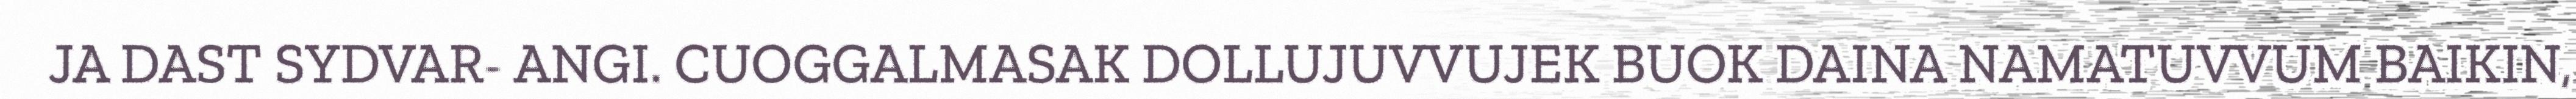
JA DAST SYDVAR- ANGI. CUOGGALMASAK DOLLUJUVVUJEK BUOK DAINA NAMATUVVUM BAIKIN,